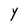
Character: Y